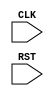
module TOP(CLK, RST);
  input CLK, RST;
  reg [7:0] cnt;
  always @(posedge CLK) begin
    if(RST) begin
      cnt <= 0;
    end else begin
      case(cnt)
        'h0, 'h1, 'h2: begin
          cnt <= cnt + 1;
        end
        'hff: begin
          cnt <= 0;
        end
        default: begin
          cnt <= cnt + 1;
        end
      endcase
    end
  end
endmodule